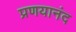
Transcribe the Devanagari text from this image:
प्रणयानंद